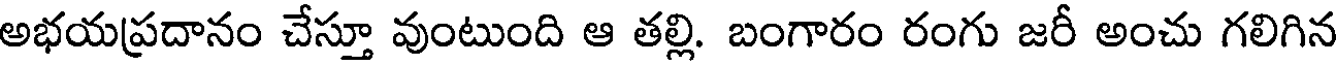
అభయప్రదానం చేస్తూ వుంటుంది ఆ తల్లి. బంగారం రంగు జరీ అంచు గలిగిన